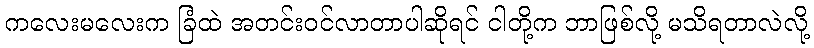
ကလေးမလေးက ခြံထဲ အတင်းဝင်လာတာပါဆိုရင် ငါတို့က ဘာဖြစ်လို့ မသိရတာလဲလို့